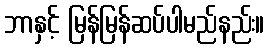
ဘာနှင့် မြန်မြန်ဆပ်ပါမည်နည်း။